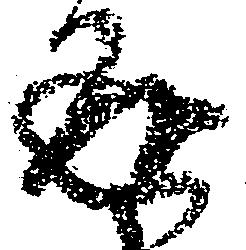
返